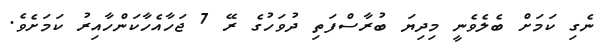
ނެގި ކަމަށް ބެލެވެނީ މިދިޔަ ބުރާސްފަތި ދުވަހުގެ ރޭ 7 ޖަހާއެހާކަންހާއިރު ކަމަށެވެ.